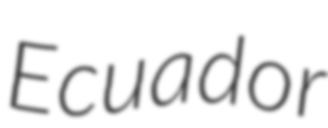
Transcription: Ecuador